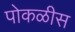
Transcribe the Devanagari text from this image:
पोकळीस